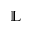
\mathbb { L }